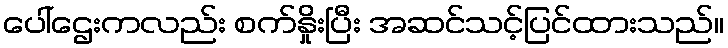
ပေါ်ဌေးကလည်း စက်နှိုးပြီး အဆင်သင့်ပြင်ထားသည်။